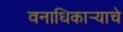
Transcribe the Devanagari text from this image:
वनाधिकार्‍याचे